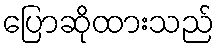
ပြောဆိုထားသည်